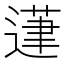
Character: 𰻍